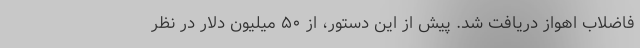
فاضلاب اهواز دریافت شد. پیش از این دستور، از ۵۰ میلیون دلار در نظر